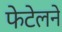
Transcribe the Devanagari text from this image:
फेटेलने